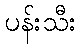
ပန်းသီး